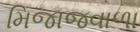
મિજાજવાળા